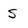
Character: S